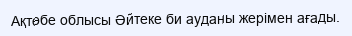
Ақтөбе облысы Әйтеке би ауданы жерімен ағады.